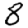
Digit: 8